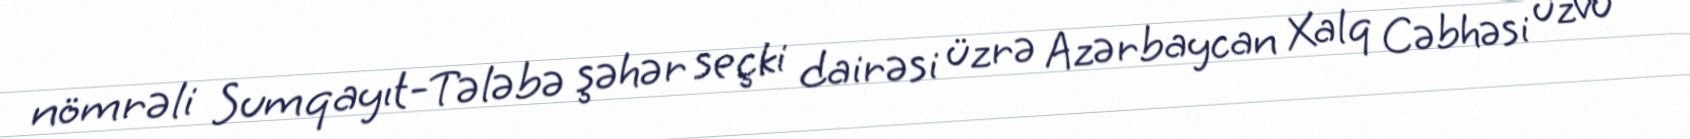
nömrəli Sumqayıt-Tələbə şəhər seçki dairəsi üzrə Azərbaycan Xalq Cəbhəsi üzvü